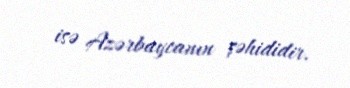
isə Azərbaycanın şəhididir.